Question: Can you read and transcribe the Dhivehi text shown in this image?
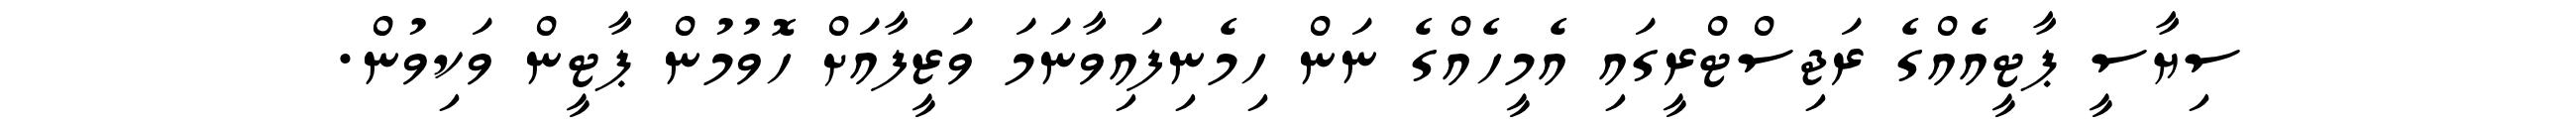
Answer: ސިޔާސީ ޕާޓީއެއްގެ ރަޖިސްޓްރީގައި އެމީހެއްގެ ނަން ހިމެނިފައިވާނަމަ ވަޒީފާއަށް ހޮވުމުން ޕާޓީން ވަކިވުން.